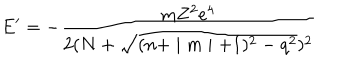
E ^ { \prime } = - \frac { \mathrm { m } Z ^ { 2 } e ^ { 4 } } { 2 ( N + \sqrt { ( n + \mid m \mid + 1 ) ^ { 2 } - q ^ { 2 } } ) ^ { 2 } }